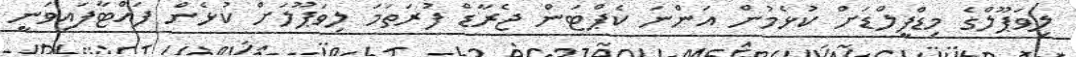
ލިވަޕޫލްގެ މިޑްފީލްޑަށް ކުޅެމުން އަންނަ ކެޕްޓަން ޖެރާޑް ފުރަތަމަ ލިވަޕޫލަށް ކުޅެން ފައްޓާފައިވަނީ